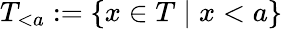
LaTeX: T_{<a}:=\{ x\in T\mid x<a\}